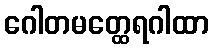
ဂေါတမတ္ထေရဂါထာ